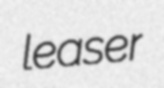
leaser